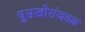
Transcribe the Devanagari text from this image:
घुसखोरांजवळ